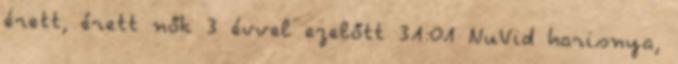
érett, érett nők 3 évvel ezelőtt 31:01 NuVid harisnya,